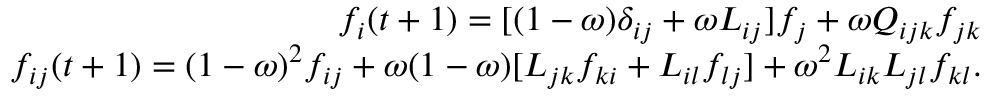
\begin{array} { r } { f _ { i } ( t + 1 ) = [ ( 1 - \omega ) \delta _ { i j } + \omega L _ { i j } ] f _ { j } + \omega Q _ { i j k } f _ { j k } } \\ { f _ { i j } ( t + 1 ) = ( 1 - \omega ) ^ { 2 } f _ { i j } + \omega ( 1 - \omega ) [ L _ { j k } f _ { k i } + L _ { i l } f _ { l j } ] + \omega ^ { 2 } L _ { i k } L _ { j l } f _ { k l } . } \end{array}